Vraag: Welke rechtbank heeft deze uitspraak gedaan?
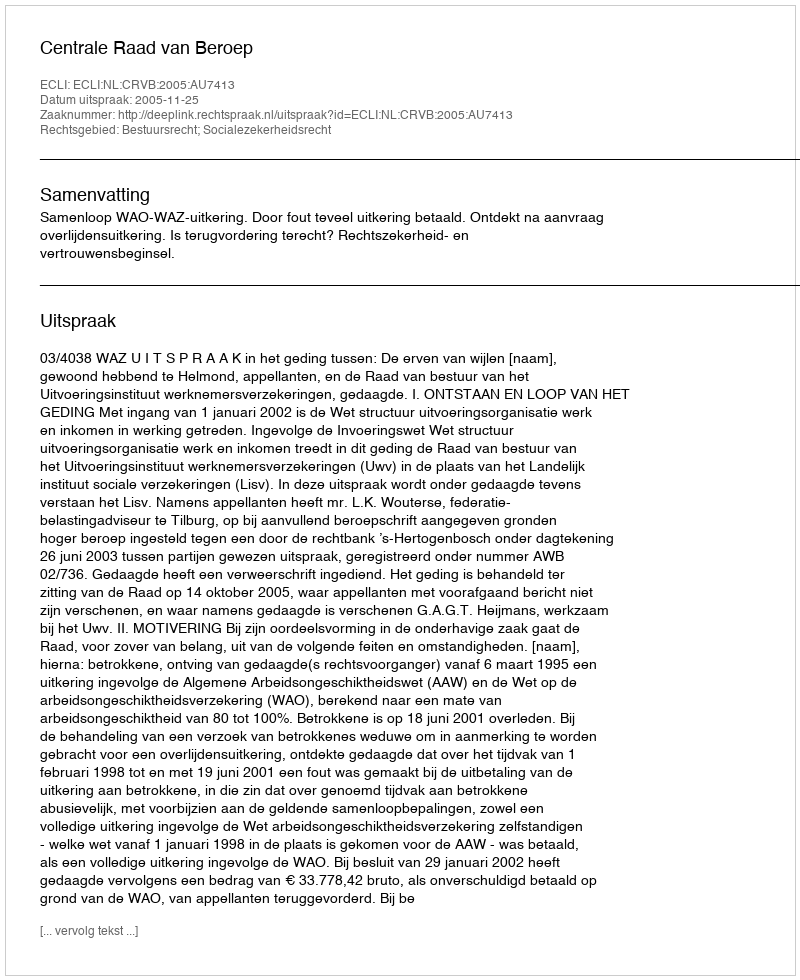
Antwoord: Centrale Raad van Beroep